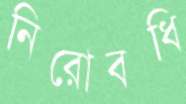
নিরোবধি